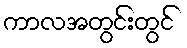
ကာလအတွင်းတွင်